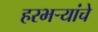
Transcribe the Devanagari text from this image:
हरभर्‍यांचे